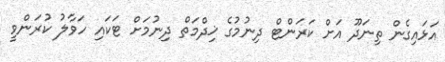
އަޅައިގެން ތިނަދޫ އަށް ކަރަންޓް ދިނުމުގެ ޚިދްމަތް ދިނުމަށް ޓަކައި ހަވާލު ކުރަންވީ